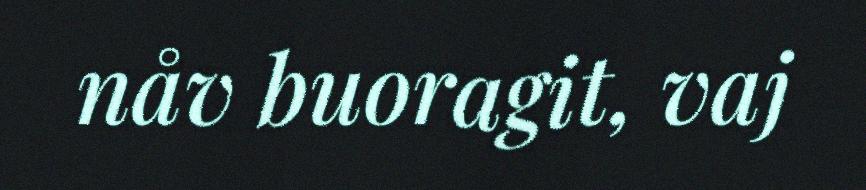
nåv buoragit, vaj